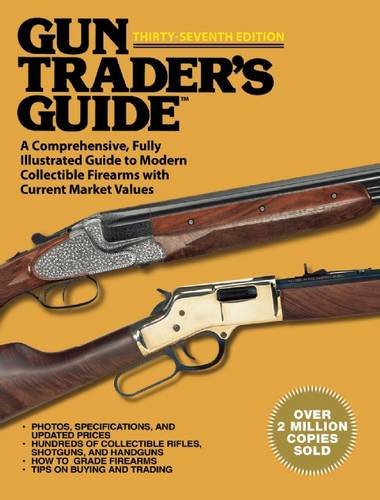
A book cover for Gun Trader's Guide: A Comprehensive, Fully Illustrated Guide to Modern Collectible Firearms with Current Market Values; Crafts, Hobbies & Home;